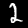
Digit: 2